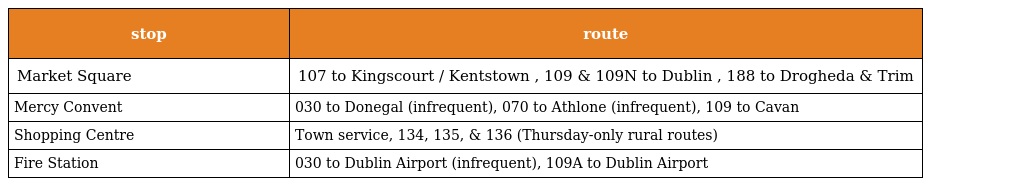
| stop | route |
 | --- | --- |
 | Market Square | 107 to Kingscourt / Kentstown , 109 & 109N to Dublin , 188 to Drogheda & Trim |
 | Mercy Convent | 030 to Donegal (infrequent), 070 to Athlone (infrequent), 109 to Cavan |
 | Shopping Centre | Town service, 134, 135, & 136 (Thursday-only rural routes) |
 | Fire Station | 030 to Dublin Airport (infrequent), 109A to Dublin Airport |